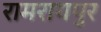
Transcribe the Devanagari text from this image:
रामरायपुर